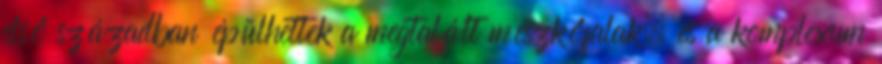
első században épülhettek a megtalált mészkőfalak, és a komplexum